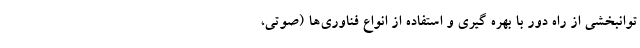
توانبخشی از راه دور با بهره گیری و استفاده از انواع فناوری‌ها (صوتی،